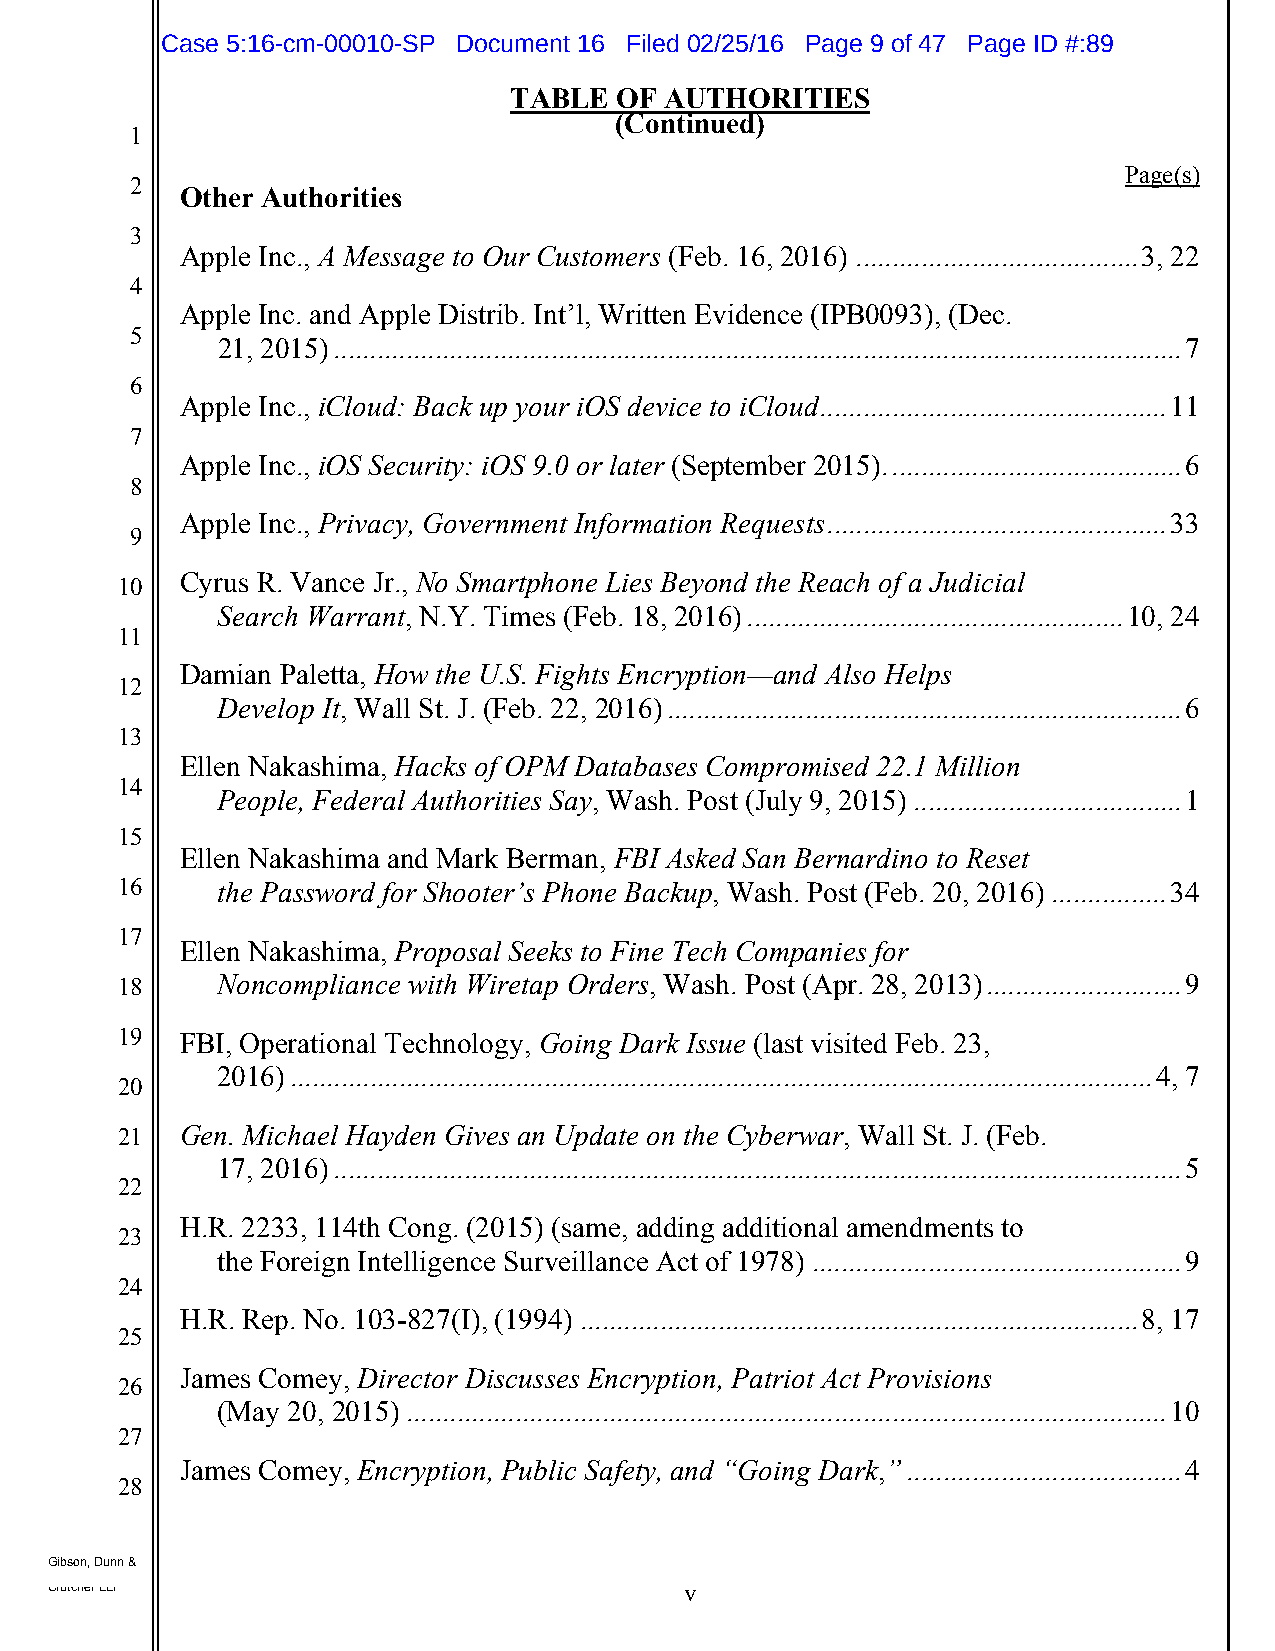
Case 5:16-cm-00010-SP Document 16 Filed 02/25/16 Page 9 of 47 Page ID #:89
 TABLE  OF AUTHORITIES
 (Continued)
 11
 Page(s)
 22
 Other Authorities
 33
 Apple Inc., A Message to Our Customers (Feb. 16, 2016) ....................................... 3, 22
 44
 Apple Inc. and Apple Distrib. Int’l, Written Evidence (IPB0093), (Dec.
 55
 21, 2015) ..................................................................................................................... 7
 66
 Apple Inc., iCloud: Back up your iOS device to iCloud ................................................ 11
 77
 Apple Inc., iOS Security: iOS 9.0 or later (September 2015). ........................................ 6
 88
 Apple Inc., Privacy, Government Information Requests ............................................... 33
 99
 1100 Cyrus R. Vance Jr., No Smartphone Lies Beyond the Reach of a Judicial
 Search Warrant, N.Y. Times (Feb. 18, 2016) .................................................... 10, 24
 1111
 Damian Paletta, How the U.S. Fights Encryption—and Also Helps
 1122
 Develop It, Wall St. J. (Feb. 22, 2016) ....................................................................... 6
 1133
 Ellen Nakashima, Hacks of OPM Databases Compromised 22.1 Million
 1144
 People, Federal Authorities Say, Wash. Post (July 9, 2015) ..................................... 1
 1155
 Ellen Nakashima and Mark Berman, FBI Asked San Bernardino to Reset
 1166  the Password for Shooter’s Phone Backup, Wash. Post (Feb. 20, 2016) ................ 34
 1177
 Ellen Nakashima, Proposal Seeks to Fine Tech Companies for
 1188  Noncompliance with Wiretap Orders, Wash. Post (Apr. 28, 2013) ........................... 9
 1199 FBI, Operational Technology, Going Dark Issue (last visited Feb. 23,
 2016) ....................................................................................................................... 4, 7
 2200
 2211 Gen. Michael Hayden Gives an Update on the Cyberwar, Wall St. J. (Feb.
 17, 2016) ..................................................................................................................... 5
 2222
 H.R. 2233, 114th Cong. (2015) (same, adding additional amendments to
 2233
 the Foreign Intelligence Surveillance Act of 1978) ................................................... 9
 2244
 H.R. Rep. No. 103-827(I), (1994) ............................................................................. 8, 17
 2255
 James Comey, Director Discusses Encryption, Patriot Act Provisions
 2266
 (May 20, 2015) ......................................................................................................... 10
 2277
 James Comey, Encryption, Public Safety, and “Going Dark,” ...................................... 4
 2288
 GGGiiibbbsssooonnn,,, DDDuuunnnnnn &&&
 Crutcher LLP                              v